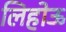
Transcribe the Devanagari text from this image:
लिहोऊ